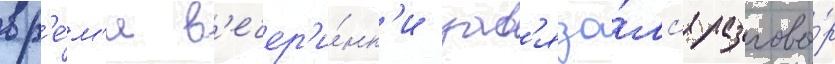
вр'е́м'я в'ечер'и́нк'и зав'яза́лс'я разгово́р